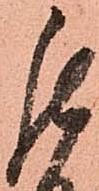
罷